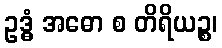
ဥဒ္ဓံ အဓော စ တိရိယဉ္စ၊